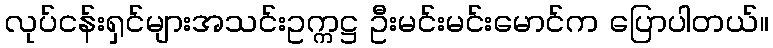
လုပ်ငန်းရှင်များအသင်းဥက္ကဋ္ဌ ဦးမင်းမင်းမောင်က ပြောပါတယ်။